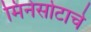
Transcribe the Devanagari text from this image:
मिनेसोटाचे